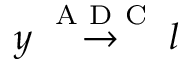
y \overset { \mathrm { ~ A ~ D ~ C ~ } } { \rightarrow } l